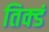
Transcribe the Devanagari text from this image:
तिक्डं